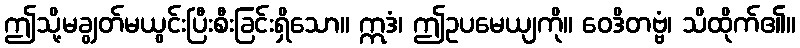
ဤသို့မချွတ်မယွင်းပြီးစီးခြင်းရှိသော။ ဣဒံ၊ ဤဥပမေယျကို။ ဝေဒိတဗ္ဗံ၊ သိထိုက်၏။